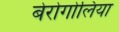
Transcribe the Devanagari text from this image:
बेरोगोलिया